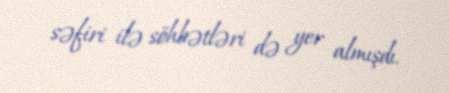
səfiri ilə söhbətləri də yer almışdı.